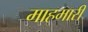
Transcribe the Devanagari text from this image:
माहमारी